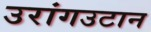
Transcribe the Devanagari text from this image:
उरांगउटान